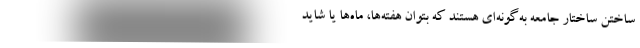
ساختن ساختار جامعه به‌گونه‌ای هستند که بتوان هفته‌ها، ماه‌ها یا شاید